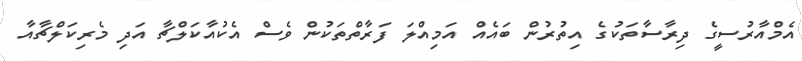
އެމްއާރުސީގެ ދިރާސާތަކުގެ އިތުރުން ބައެއް އަމިއްލަ ފަރާތްތަކުން ވެސް އެކުއާކަލްޗާ އަދި މެރިކަލްޗާއާ